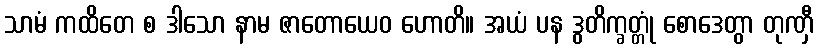
သာမံ ကထိတေ စ ဒါသော နာမ ဇာတောယေဝ ဟောတိ။ အယံ ပန ဒွတိက္ခတ္တုံ စောဒေတွာ တုဏှီ